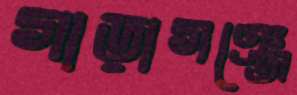
গাড়াগঞ্জে